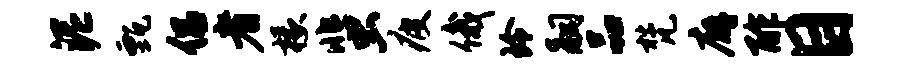
泥甄侣者椽蜚疲俄玲嗣品梵廨酢目